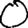
Digit: 0